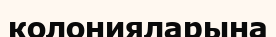
колонияларына